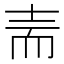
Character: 𰭬